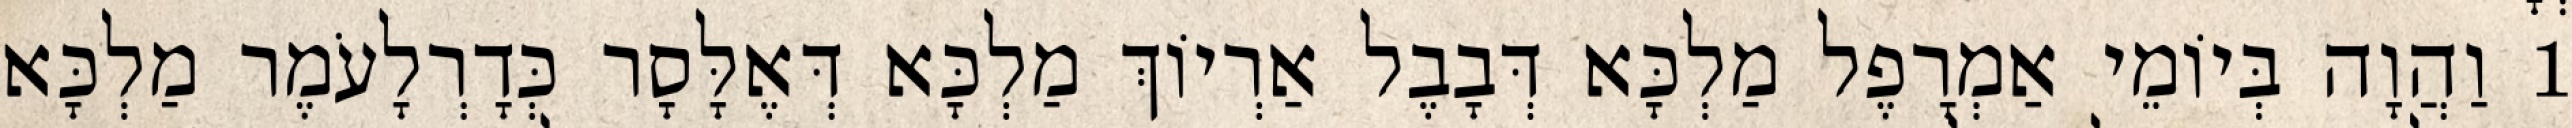
1 וַהֲוָה בְּיוֹמֵי אַמְרָפֶל מַלְכָּא דְּבָבֶל אַרְיוֹךְ מַלְכָּא דְּאֶלָּסָר כְּדָרְלָעֹמֶר מַלְכָּא